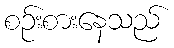
စဉ်းစားနေသည်